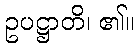
ဥပဋ္ဌာတိ၊ ၏။